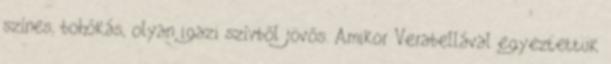
színes, bohókás, olyan igazi szívből jövős. Amikor Verabellával egyeztettük